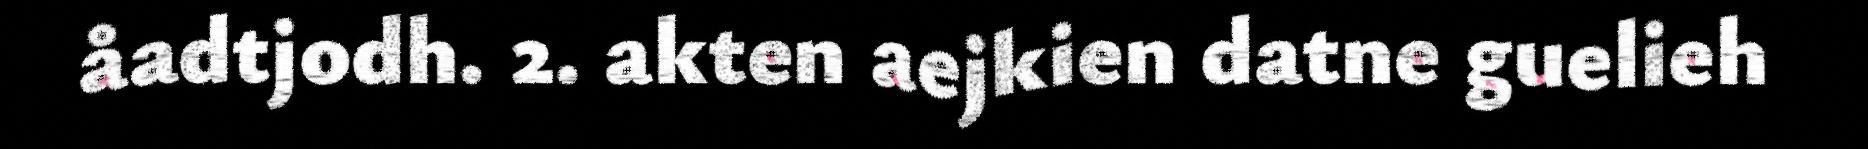
åadtjodh. 2. akten aejkien datne guelieh